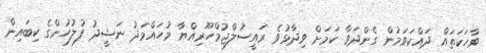
ވާހަކަތައް ދައްކަވަމުން ގެންދަވާ ކަމަށް ވިދާޅުވެ ރައީސުލްޖުމްހޫރިއްޔާ މުހައްމަދު ނަޝީދު ފުލުހުންގެ ކިބައިން